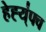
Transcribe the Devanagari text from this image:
हेह्य्॑फ्व